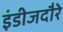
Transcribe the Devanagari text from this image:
इंडीजदौरे